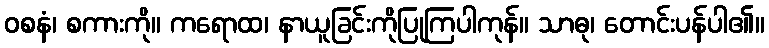
ဝစနံ၊ စကားကို။ ကရောထ၊ နာယူခြင်းကိုပြုကြပါကုန်။ သာဓု၊ တောင်းပန်ပါ၏။